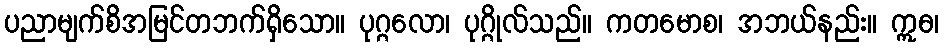
ပညာမျက်စိအမြင်တဘက်ရှိသော။ ပုဂ္ဂလော၊ ပုဂ္ဂိုလ်သည်။ ကတမောစ၊ အဘယ်နည်း။ ဣဓ၊